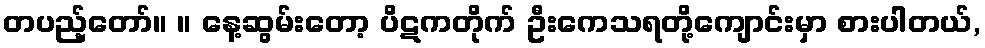
တပည့်တော်။ ။ နေ့ဆွမ်းတော့ ပိဋကတိုက် ဦးကေသရတို့ကျောင်းမှာ စားပါတယ်,